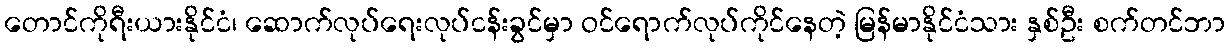
တောင်ကိုရီးယားနိုင်ငံ၊ ဆောက်လုပ်ရေးလုပ်ငန်းခွင်မှာ ဝင်ရောက်လုပ်ကိုင်နေတဲ့ မြန်မာနိုင်ငံသား နှစ်ဦး စက်တင်ဘာ